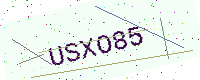
Text: USXO85